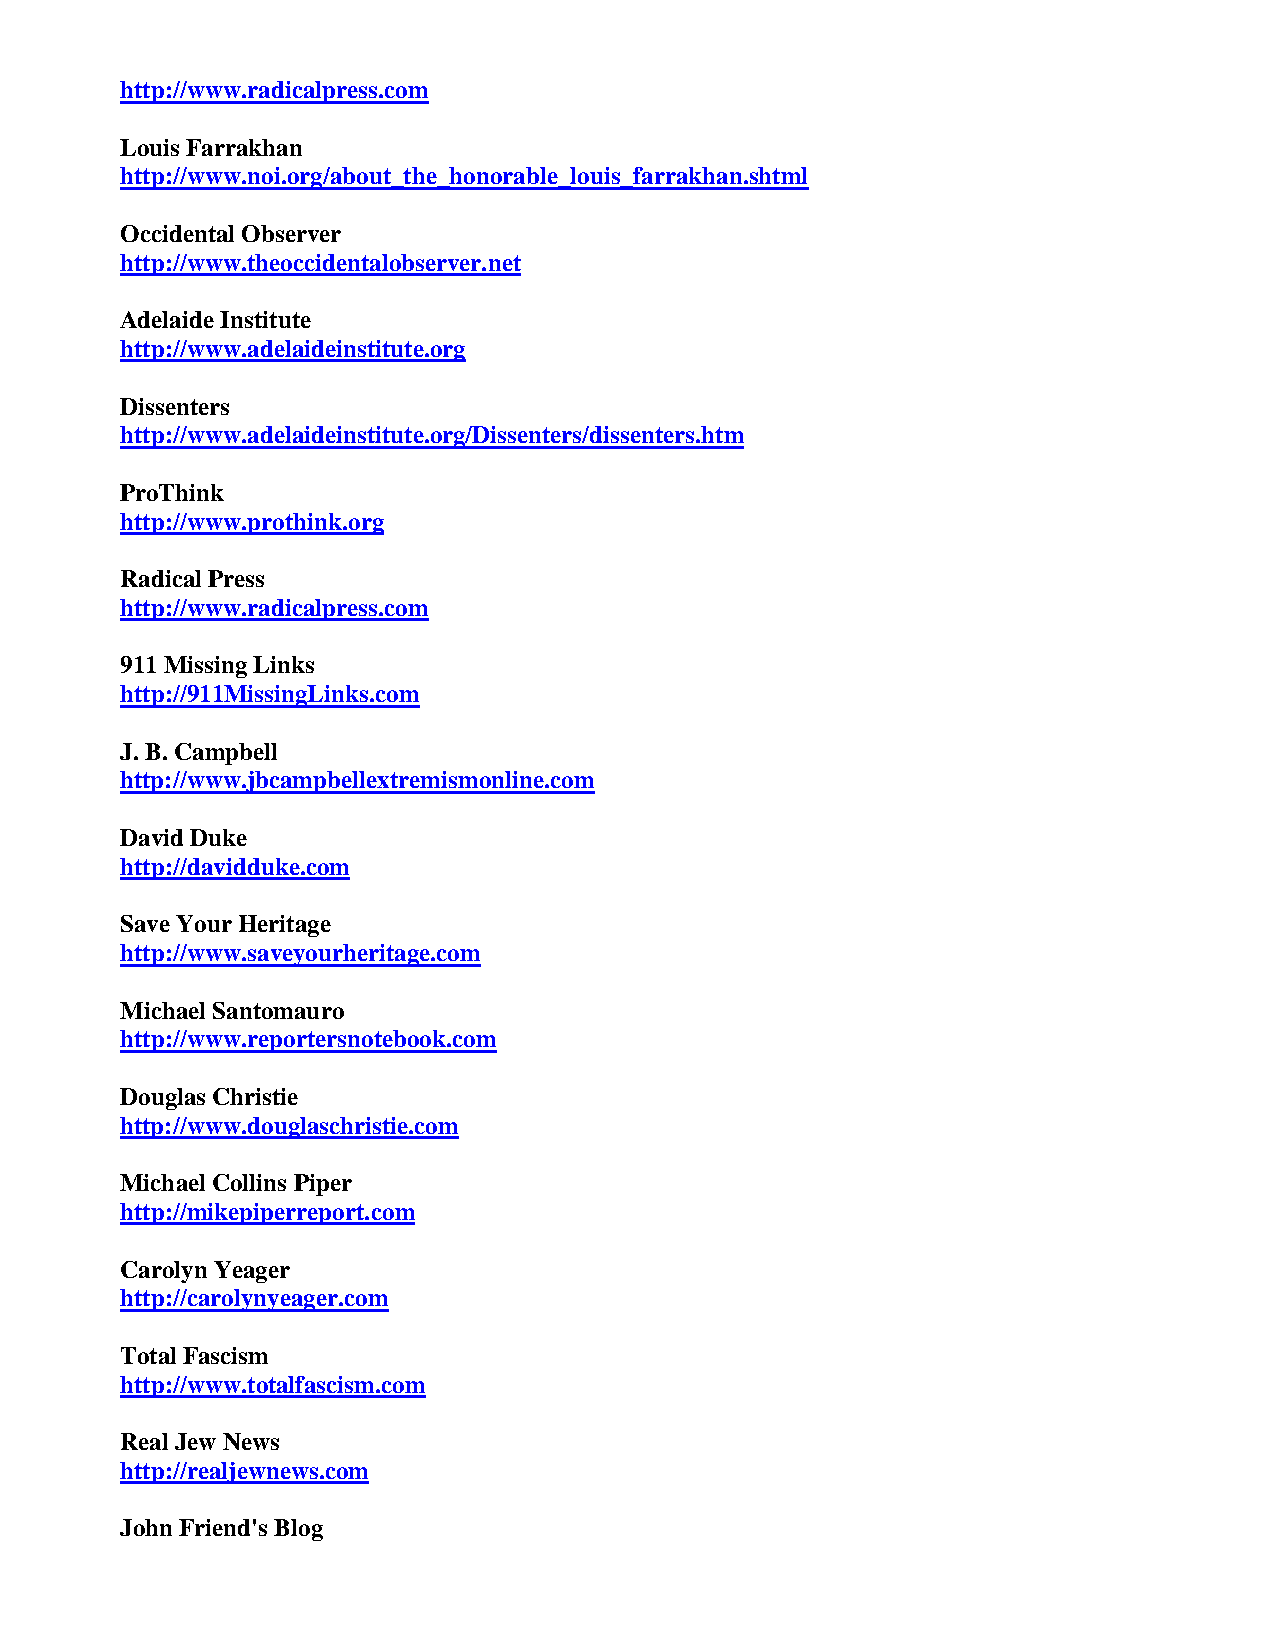
http://www.radicalpress.com
 Louis Farrakhan
 http://www.noi.org/about_the_honorable_louis_farrakhan.shtml
 Occidental Observer
 http://www.theoccidentalobserver.net
 Adelaide Institute
 http://www.adelaideinstitute.org
 Dissenters
 http://www.adelaideinstitute.org/Dissenters/dissenters.htm
 ProThink
 http://www.prothink.org
 Radical Press
 http://www.radicalpress.com
 911 Missing Links
 http://911MissingLinks.com
 J. B. Campbell
 http://www.jbcampbellextremismonline.com
 David Duke
 http://davidduke.com
 Save Your Heritage
 http://www.saveyourheritage.com
 Michael Santomauro
 http://www.reportersnotebook.com
 Douglas Christie
 http://www.douglaschristie.com
 Michael Collins Piper
 http://mikepiperreport.com
 Carolyn Yeager
 http://carolynyeager.com
 Total Fascism
 http://www.totalfascism.com
 Real Jew News
 http://realjewnews.com
 John Friend's Blog